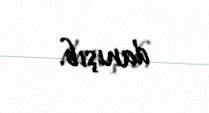
danışıb.